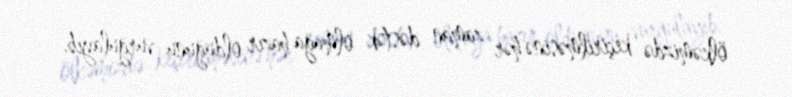
ölkəmizdə keçirilməsinə hər zaman dəstək olmağa hazır olduğunu vurğulayıb.